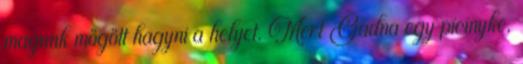
magunk mögött hagyni a helyet. Mert Gadna egy picinyke,